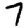
Digit: 7